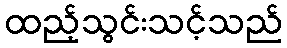
ထည့်သွင်းသင့်သည်